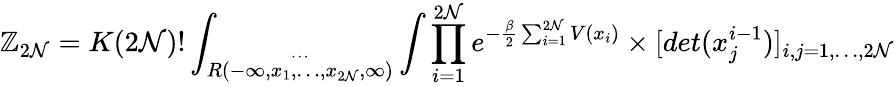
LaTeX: {\cal\mathbb{Z}}_{2\mathcal{N}}=K(2\mathcal{N})!\int_{\stackrel{\cdots}{R(-\infty,x_{1},\ldots,x_{2\mathcal{N}},\infty)}}\int\prod_{i=1}^{2\mathcal{N}}e^{-\frac{{\beta}}{{2}}\sum_{i=1}^{2\mathcal{N}}V(x_{i})}\times[det(x_{j}^{i-1})]_{i,j=1,\ldots,2\mathcal{N}}